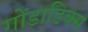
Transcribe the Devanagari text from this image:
गोंडाडिक्‍स